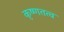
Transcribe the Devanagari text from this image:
कृष्णतत्व